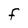
Character: F